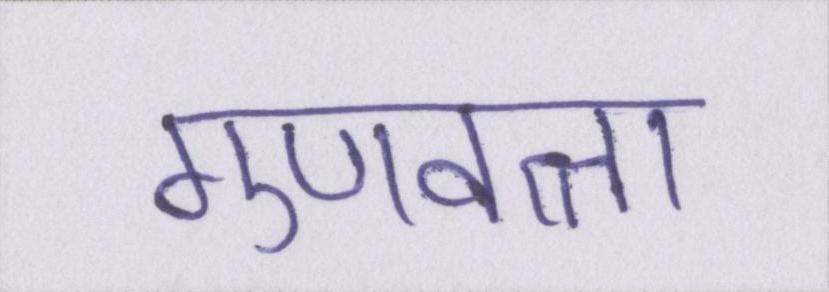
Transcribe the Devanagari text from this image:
गुणवत्ता